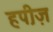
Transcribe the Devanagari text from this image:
हप़ीज़